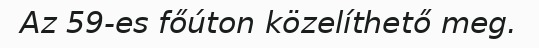
Az 59-es főúton közelíthető meg.